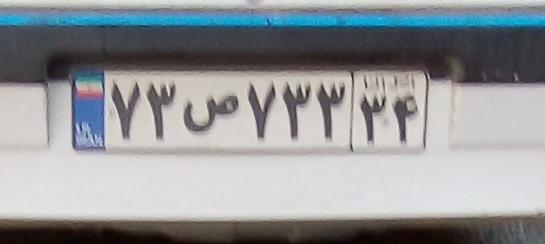
۷۳ص۷۳۳۳۴